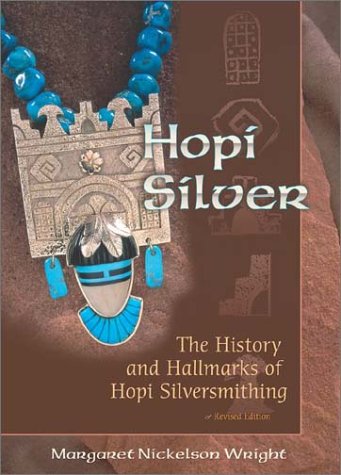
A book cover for Hopi Silver: The History and Hallmarks of Hopi Silversmithing; Margaret Nickelson Wright; Crafts, Hobbies & Home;